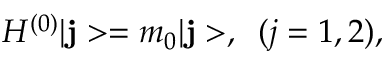
H ^ { ( 0 ) } | { \bf j } > = m _ { 0 } | { \bf j } > , \; \; ( j = 1 , 2 ) ,